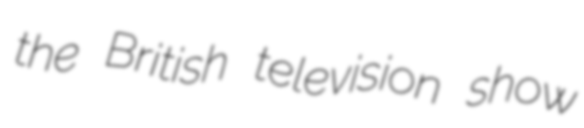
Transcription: the British television show